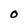
Character: O